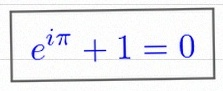
e^{i\pi}+1=0